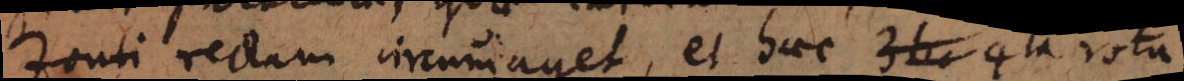
zonti rectam circumaget, et haec 3 _ 4^ta rota